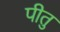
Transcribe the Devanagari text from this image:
पीतु